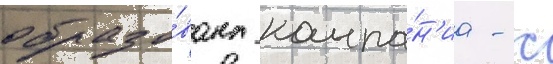
образо́вана компа́н'иа - с